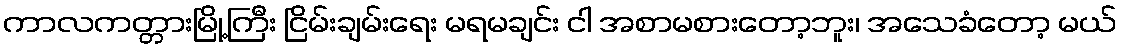
ကာလကတ္တားမြို့ကြီး ငြိမ်းချမ်းရေး မရမချင်း ငါ အစာမစားတော့ဘူး၊ အသေခံတော့ မယ်